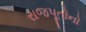
રાજપૂતોનો